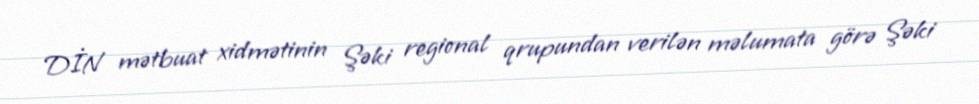
DİN mətbuat xidmətinin Şəki regional qrupundan verilən məlumata görə Şəki